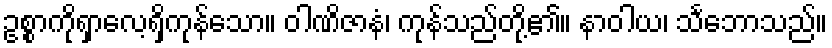
ဥစ္စာကိုရှာလေ့ရှိကုန်သော။ ဝါဏိဇာနံ၊ ကုန်သည်တို့၏။ နာဝါယ၊ သင်္ဘောသည်။